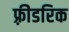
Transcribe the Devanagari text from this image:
फ़्रीडरिक